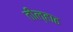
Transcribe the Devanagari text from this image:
तील्हाढ